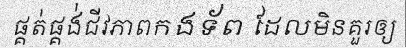
ផ្គត់ផ្គង់ជីវភាពកងទ័ព ដែលមិនគួរឲ្យ